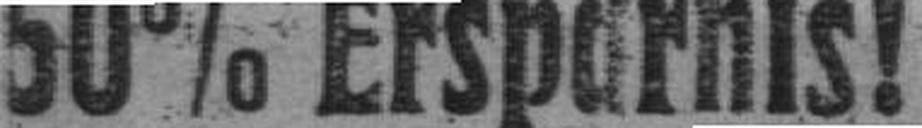
50% Ersparnis!